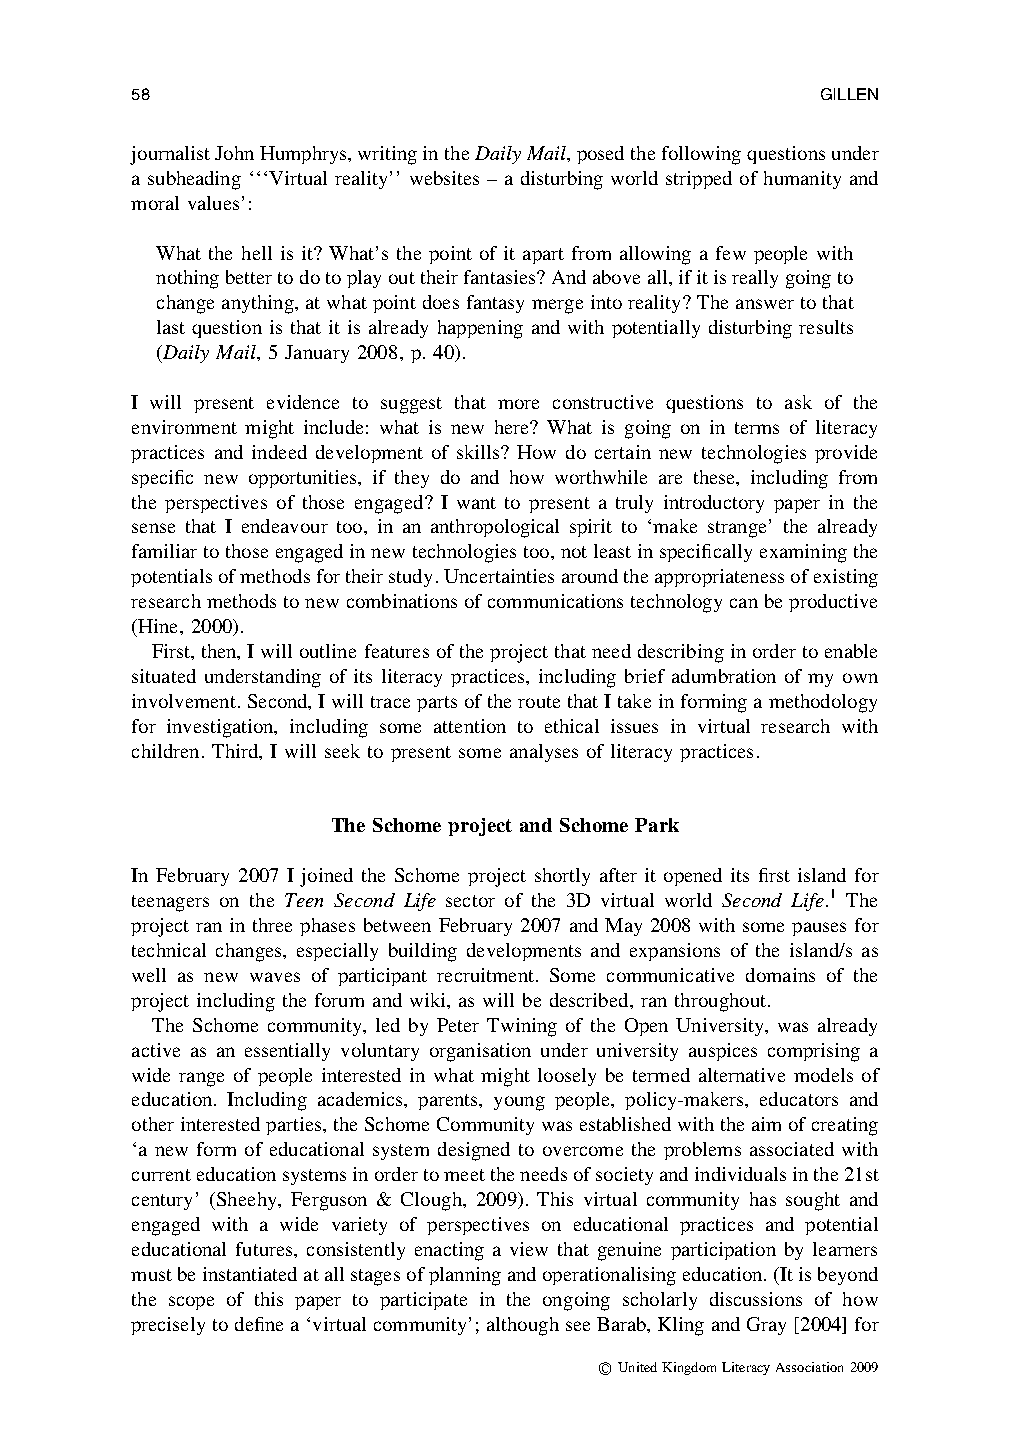
58                                           GILLEN
 journalistJohnHumphrys,writingintheDailyMail,posedthefollowingquestionsunder
 a subheading ‘‘‘Virtual reality’’ websites – a disturbing world stripped of humanity and
 moral values’:
 What the hell is it? What’s the point of it apart from allowing a few people with
 nothingbettertodotoplayouttheirfantasies?Andaboveall,ifitisreallygoingto
 changeanything,atwhatpointdoesfantasymergeintoreality?Theanswertothat
 last question is that it is already happening and with potentially disturbing results
 (Daily Mail, 5 January 2008, p. 40).
 I will present evidence to suggest that more constructive questions to ask of the
 environment might include: what is new here? What is going on in terms of literacy
 practices and indeed development of skills? How do certain new technologies provide
 specific new opportunities, if they do and how worthwhile are these, including from
 the perspectives of those engaged? I want to present a truly introductory paper in the
 sense that I endeavour too, in an anthropological spirit to ‘make strange’ the already
 familiartothoseengagedinnewtechnologiestoo,notleastinspecificallyexaminingthe
 potentialsofmethodsfortheirstudy.Uncertaintiesaroundtheappropriatenessofexisting
 researchmethodstonewcombinationsofcommunicationstechnologycanbeproductive
 (Hine, 2000).
 First,then,Iwilloutlinefeaturesoftheprojectthatneeddescribinginordertoenable
 situated understanding of its literacy practices, including brief adumbration of my own
 involvement.Second,IwilltracepartsoftheroutethatItakeinformingamethodology
 for investigation, including some attention to ethical issues in virtual research with
 children. Third, I will seek to present some analyses of literacy practices.
 The Schome project and Schome Park
 In February 2007 I joined the Schome project shortly after it opened its first island for
 teenagers on the Teen Second Life sector of the 3D virtual world Second Life.1 The
 project ran in three phases between February 2007 and May 2008 with some pauses for
 technical changes, especially building developments and expansions of the island/s as
 well as new waves of participant recruitment. Some communicative domains of the
 project including the forum and wiki, as will be described, ran throughout.
 The Schome community, led by Peter Twining of the Open University, was already
 active as an essentially voluntary organisation under university auspices comprising a
 wide range of people interested in what might loosely be termed alternative models of
 education. Including academics, parents, young people, policy-makers, educators and
 otherinterestedparties,theSchomeCommunitywasestablishedwiththeaimofcreating
 ‘a new form of educational system designed to overcome the problems associated with
 currenteducationsystemsinordertomeettheneedsofsocietyandindividualsinthe21st
 century’ (Sheehy, Ferguson & Clough, 2009). This virtual community has sought and
 engaged with a wide variety of perspectives on educational practices and potential
 educational futures, consistently enacting a view that genuine participation by learners
 mustbeinstantiatedatallstagesofplanningandoperationalisingeducation.(Itisbeyond
 the scope of this paper to participate in the ongoing scholarly discussions of how
 preciselytodefinea‘virtualcommunity’;althoughseeBarab,KlingandGray[2004]for
 rUnitedKingdomLiteracyAssociation2009